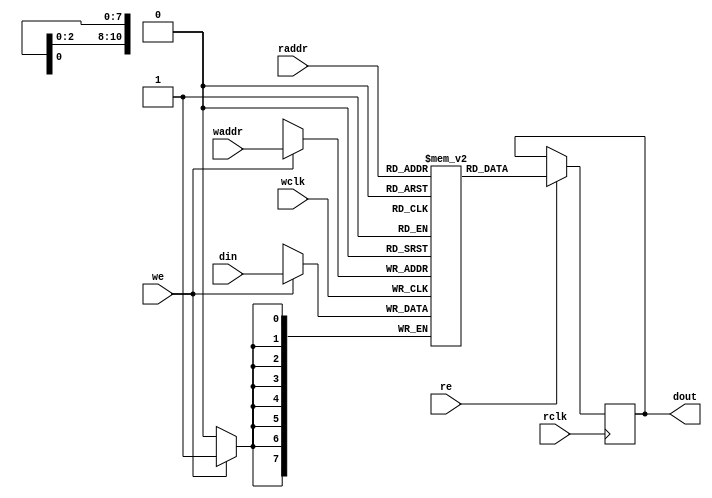
`timescale 1ns/1ns

module ram2p_2kx8 (
  input wclk, we, re, rclk,
  input [7:0] din,
  input [10:0] waddr, raddr,
  output reg [7:0] dout
  );

reg [7:0] ram [0:2047];

always @(posedge rclk)
if(re)
  dout <= ram[raddr];
else
  dout <= dout;

always @(posedge wclk)
if(we)
  ram[waddr] <= din;

endmodule